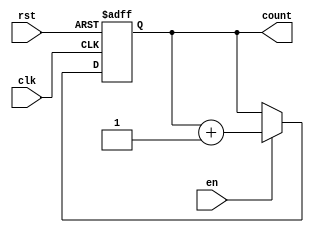
/*
Mod 2 counter
Used to calulate the location of address in instruction memory
Facilitates sequential execution of instruction

INPUT : clk - input clock
        en - used to enable the counter. It remains 1 for this simulation
		rst - when reset counter comes to 0. Also used to initialize counter to 0
OUTPUT : count - provides the location on instruction to instruction memory

*/


module counter(input clk,
				input en,
				input rst, //negative edge trigered reset
				output reg count);
				
	always @(posedge clk, negedge rst)
	begin
		if(rst==0)
		begin
			count <= 1'b0;
		end
		else
		begin
		if(en==1)
			begin
			count <= count+1;
			end
		end
	end
	
endmodule